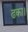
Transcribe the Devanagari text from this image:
ढका।